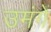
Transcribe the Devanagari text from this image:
उमंगें